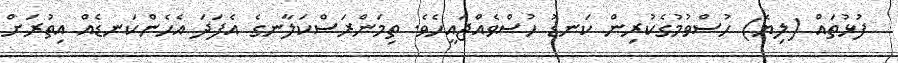
ފުޅުތައް (ލިޔެ) ހުސްވުމުގެކުރިން ކަނޑު ހުސްވެއްޖައީހެވެ. ތިމަންރަސްކަލާނގެ އެފަދަ އެހެންކަނޑެއް އިތުރަށް